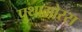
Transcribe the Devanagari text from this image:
पुथागोरस